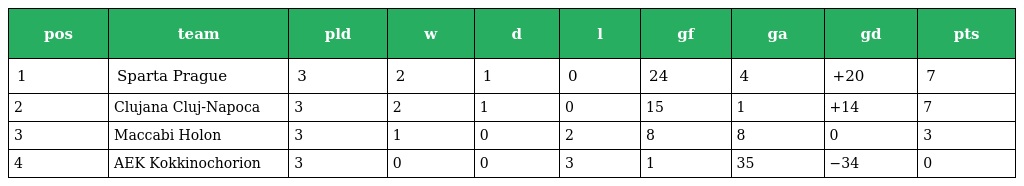
| pos | team | pld | w | d | l | gf | ga | gd | pts |
 | --- | --- | --- | --- | --- | --- | --- | --- | --- | --- |
 | 1 | Sparta Prague | 3 | 2 | 1 | 0 | 24 | 4 | +20 | 7 |
 | 2 | Clujana Cluj-Napoca | 3 | 2 | 1 | 0 | 15 | 1 | +14 | 7 |
 | 3 | Maccabi Holon | 3 | 1 | 0 | 2 | 8 | 8 | 0 | 3 |
 | 4 | AEK Kokkinochorion | 3 | 0 | 0 | 3 | 1 | 35 | −34 | 0 |